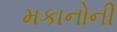
મકાનોની